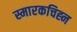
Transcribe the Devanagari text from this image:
स्मारकचिह्न